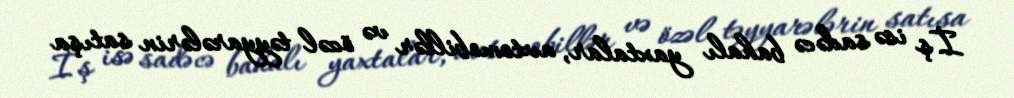
İş isə sadəcə bahalı yaxtalar, avtomobillər və özəl təyyarələrin satışa